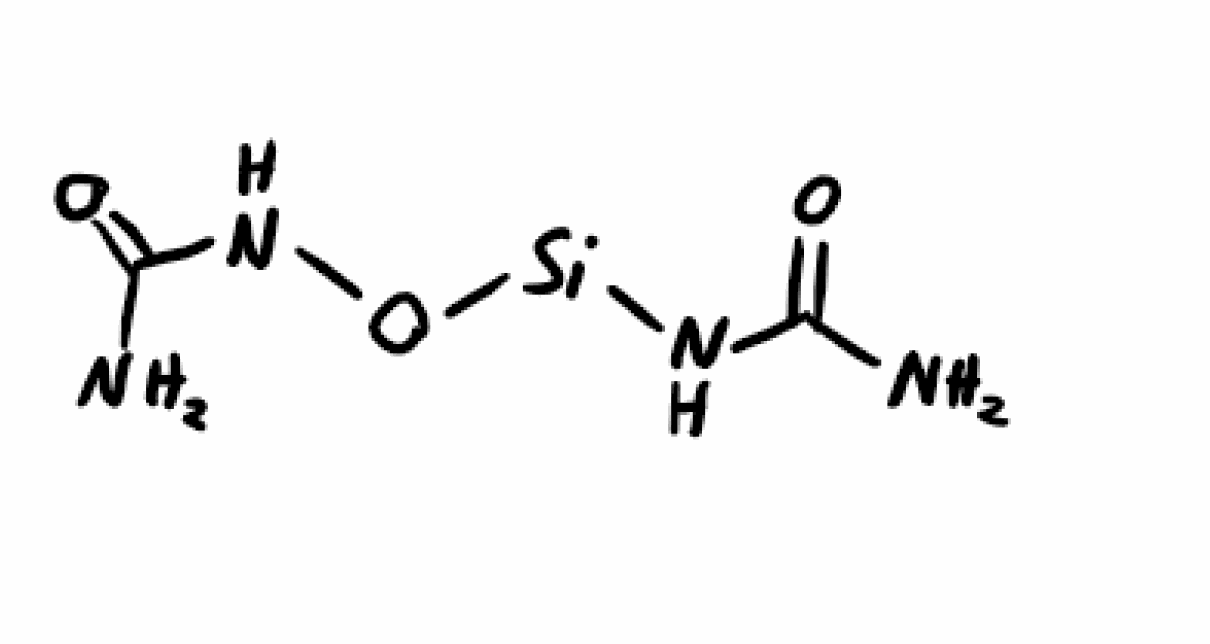
Simplified molecular-input line-entry system (SMILES) notation of the given molecule:
C(=O)(N)NO[Si]NC(=O)N